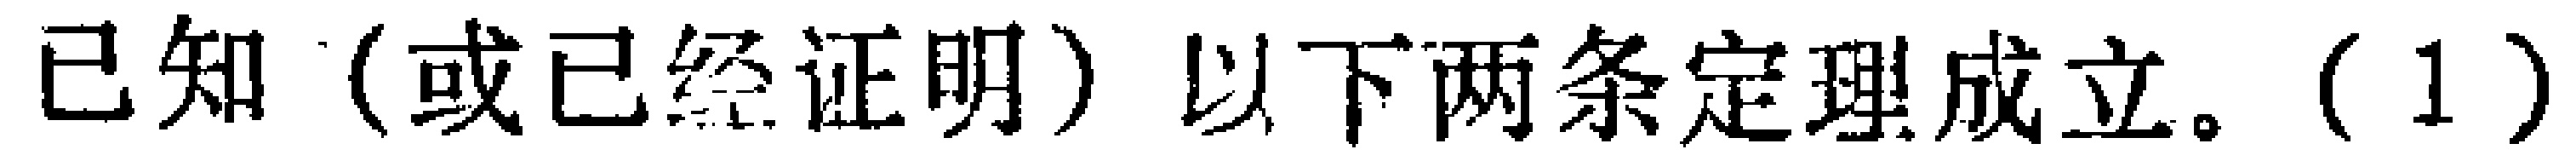
已知（或已经证明）以下两条定理成立。(1)